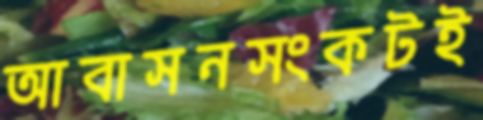
আবাসনসংকটই